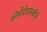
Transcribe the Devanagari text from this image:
कोमोरोव्हस्कीने